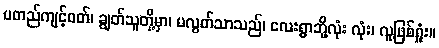
မတည်ကျင့်ဝတ်၊ ချွတ်သူတို့မှာ၊ မလွတ်သာသည်၊ လေးရွာဘို့လုံး လုံး၊ လူဖြစ်ရှုံး။